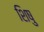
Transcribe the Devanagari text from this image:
शिषु